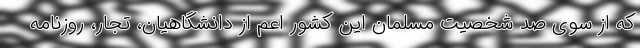
که از سوی صد شخصیت مسلمان این کشور اعم از دانشگاهیان، تجار، روزنامه